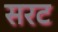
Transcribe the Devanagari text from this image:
सरट